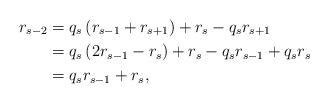
LaTeX: \begin{align*}r_{s-2} &= q_s \left( r_{s-1} + r_{s+1} \right) + r_s - q_s r_{s+1}\\&= q_s \left( 2 r_{s-1} - r_s \right) + r_s - q_s r_{s-1} + q_s r_s\\&= q_s r_{s-1} + r_s,\end{align*}